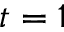
t = 1